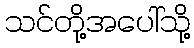
သင်တို့အပေါ်သို့